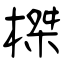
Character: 榤